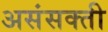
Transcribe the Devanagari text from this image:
असंसक्ती